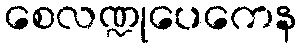
စေလဏ္ဍုပေကေန